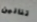
تنانين